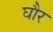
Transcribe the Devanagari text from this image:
घौर